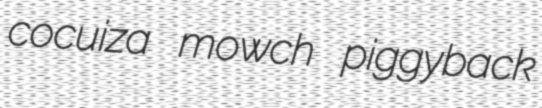
cocuiza mowch piggyback